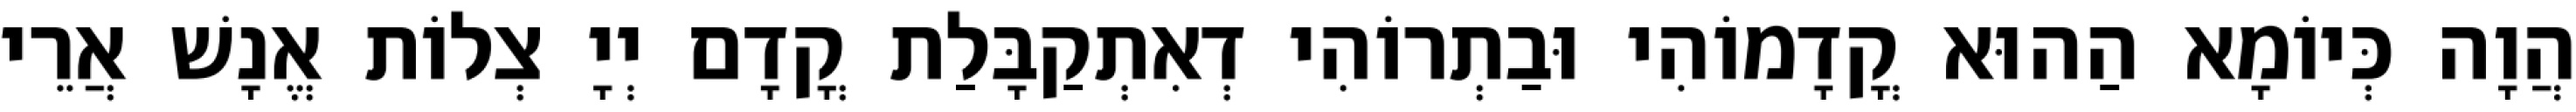
הֲוָה כְּיוֹמָא הַהוּא קֳדָמוֹהִי וּבַתְרוֹהִי דְאִתְקַבָּלַת קֳדָם יְיָ צְלוֹת אֱנָשׁ אֲרֵי